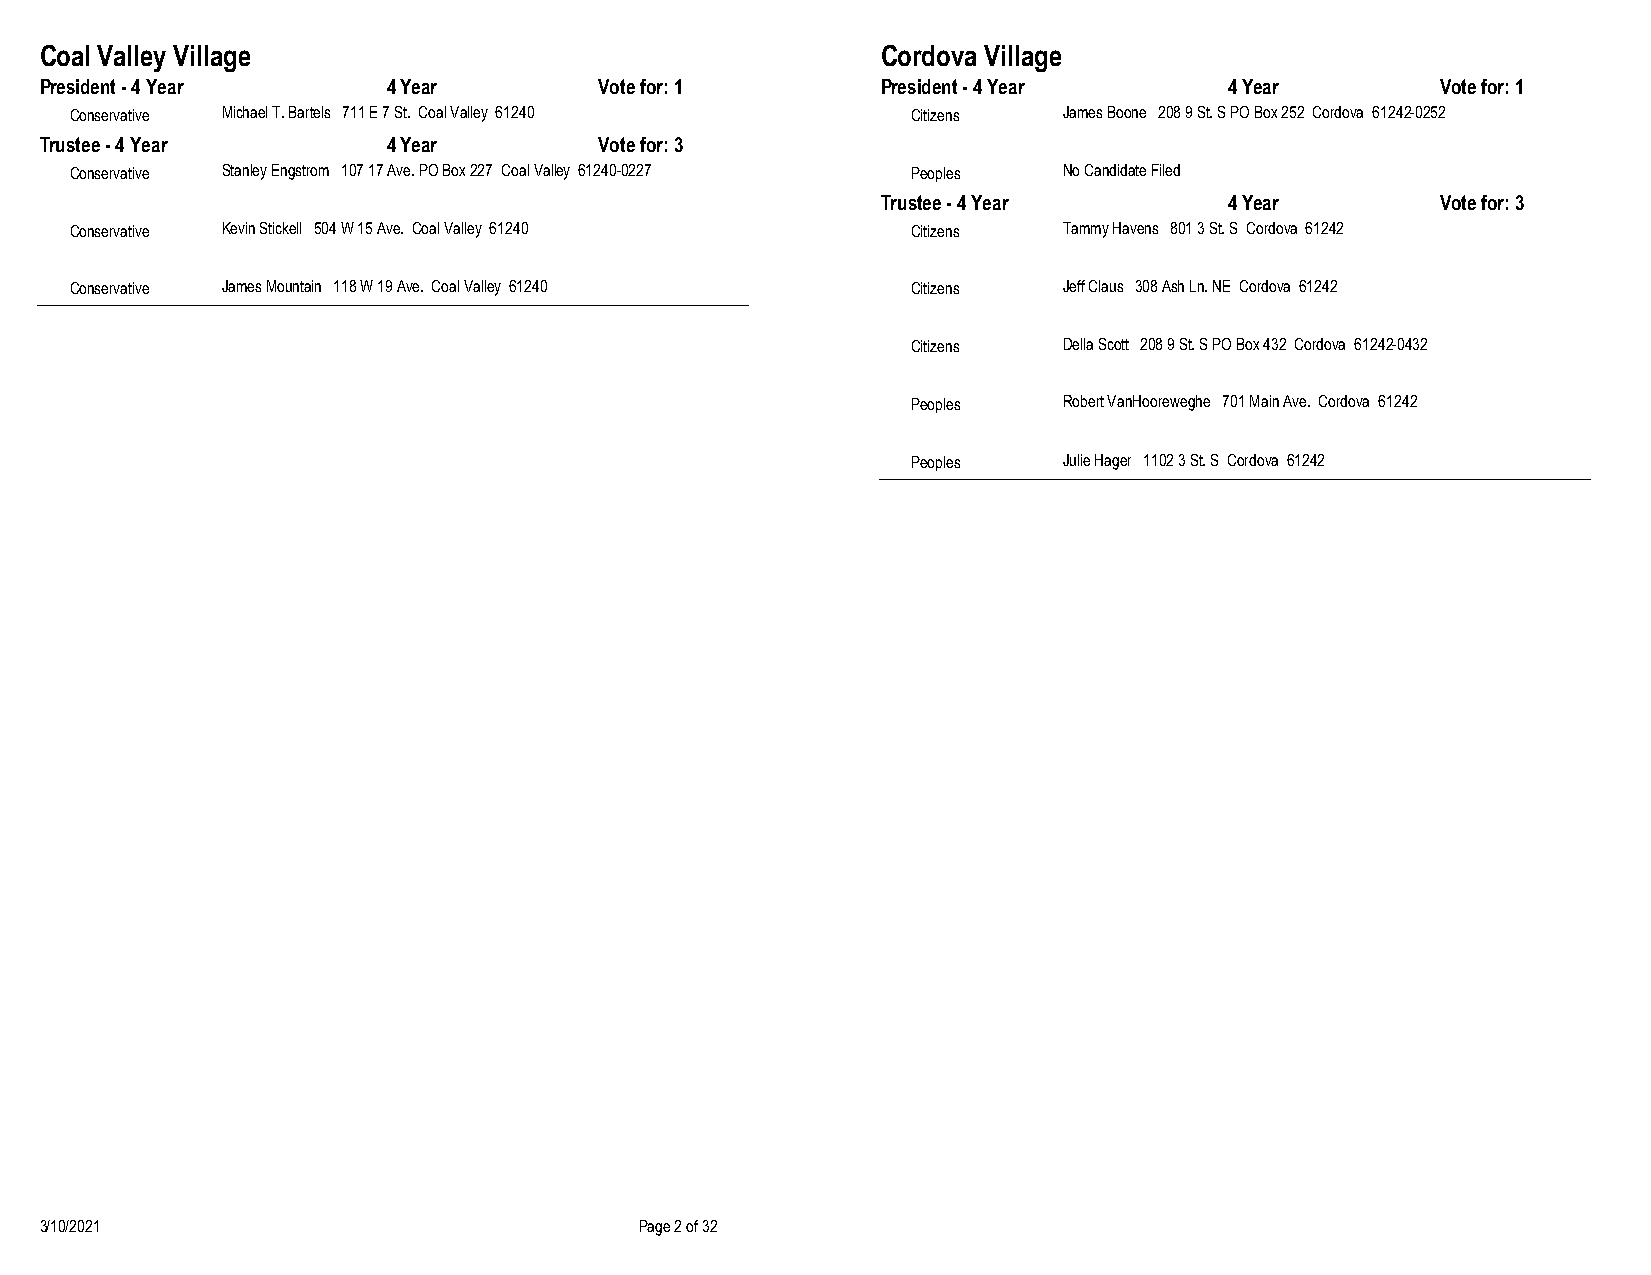
Coal Valley Village                                    Cordova Village
 President - 4 Year     4 Year        Vote for: 1       President - 4 Year     4 Year        Vote for: 1
 Conservative Michael T. Bartels 711 E 7 St. Coal Valley 61240 Citizens James Boone 208 9 St. S PO Box 252 Cordova 61242-0252
 Trustee - 4 Year       4 Year        Vote for: 3
 Conservative Stanley Engstrom 107 17 Ave. PO Box 227 Coal Valley 61240-0227 Peoples No Candidate Filed
 Trustee - 4 Year       4 Year        Vote for: 3
 Conservative Kevin Stickell 504 W 15 Ave. Coal Valley 61240 Citizens Tammy Havens 801 3 St. S Cordova 61242
 Conservative James Mountain 118 W 19 Ave. Coal Valley 61240 Citizens Jeff Claus 308 Ash Ln. NE Cordova 61242
 Citizens  Della Scott 208 9 St. S PO Box 432 Cordova 61242-0432
 Peoples   Robert VanHooreweghe 701 Main Ave. Cordova 61242
 Peoples   Julie Hager 1102 3 St. S Cordova 61242
 3/10/2021                              Page 2 of 32